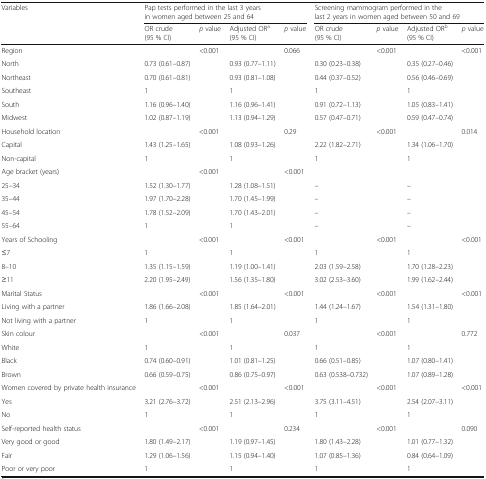
<table><thead><tr><td><b>Variables</b></td><td colspan="4"><b>Pap tests performed in the last 3 years in women aged between 25 and 64</b></td><td colspan="4"><b>Screening mammogram performed in the last 2 years in women aged between 50 and 69</b></td></tr><tr><td></td><td><b>OR crude(95 % CI)</b></td><td><b><i>p</i> value</b></td><td><b>Adjusted OR<sup>a</sup>(95 % CI)</b></td><td><b><i>p</i> value</b></td><td><b>OR crude(95 % CI)</b></td><td><b><i>p</i> value</b></td><td><b>Adjusted OR<sup>b</sup>(95 % CI)</b></td><td><b><i>p</i> value</b></td></tr></thead><tbody><tr><td>Region</td><td></td><td>&lt;0.001</td><td></td><td>0.066</td><td></td><td>&lt;0.001</td><td></td><td>&lt;0.001</td></tr><tr><td>North</td><td>0.73 (0.61–0.87)</td><td></td><td>0.93 (0.77–1.11)</td><td></td><td>0.30 (0.23–0.38)</td><td></td><td>0.35 (0.27–0.46)</td><td></td></tr><tr><td>Northeast</td><td>0.70 (0.61–0.81)</td><td></td><td>0.93 (0.81–1.08)</td><td></td><td>0.44 (0.37–0.52)</td><td></td><td>0.56 (0.46–0.69)</td><td></td></tr><tr><td>Southeast</td><td>1</td><td></td><td>1</td><td></td><td>1</td><td></td><td>1</td><td></td></tr><tr><td>South</td><td>1.16 (0.96–1.40)</td><td></td><td>1.16 (0.96–1.41)</td><td></td><td>0.91 (0.72–1.13)</td><td></td><td>1.05 (0.83–1.41)</td><td></td></tr><tr><td>Midwest</td><td>1.02 (0.87–1.19)</td><td></td><td>1.13 (0.94–1.29)</td><td></td><td>0.57 (0.47–0.71)</td><td></td><td>0.59 (0.47–0.74)</td><td></td></tr><tr><td>Household location</td><td></td><td>&lt;0.001</td><td></td><td>0.29</td><td></td><td>&lt;0.001</td><td></td><td>0.014</td></tr><tr><td>Capital</td><td>1.43 (1.25–1.65)</td><td></td><td>1.08 (0.93–1.26)</td><td></td><td>2.22 (1.82–2.71)</td><td></td><td>1.34 (1.06–1.70)</td><td></td></tr><tr><td>Non-capital</td><td>1</td><td></td><td>1</td><td></td><td>1</td><td></td><td>1</td><td></td></tr><tr><td>Age bracket (years)</td><td></td><td>&lt;0.001</td><td></td><td>&lt;0.001</td><td></td><td></td><td></td><td></td></tr><tr><td>25–34</td><td>1.52 (1.30–1.77)</td><td></td><td>1.28 (1.08–1.51)</td><td></td><td>–</td><td></td><td>–</td><td></td></tr><tr><td>35–44</td><td>1.97 (1.70–2.28)</td><td></td><td>1.70 (1.45–1.99)</td><td></td><td>–</td><td></td><td>–</td><td></td></tr><tr><td>45–54</td><td>1.78 (1.52–2.09)</td><td></td><td>1.70 (1.43–2.01)</td><td></td><td>–</td><td></td><td>–</td><td></td></tr><tr><td>55–64</td><td>1</td><td></td><td>1</td><td></td><td>–</td><td></td><td>–</td><td></td></tr><tr><td>Years of Schooling</td><td></td><td>&lt;0.001</td><td></td><td>&lt;0.001</td><td></td><td>&lt;0.001</td><td></td><td>&lt;0.001</td></tr><tr><td>≤7</td><td>1</td><td></td><td>1</td><td></td><td>1</td><td></td><td>1</td><td></td></tr><tr><td>8–10</td><td>1.35 (1.15–1.59)</td><td></td><td>1.19 (1.00–1.41)</td><td></td><td>2.03 (1.59–2.58)</td><td></td><td>1.70 (1.28–2.23)</td><td></td></tr><tr><td>≥11</td><td>2.20 (1.95–2.49)</td><td></td><td>1.56 (1.35–1.80)</td><td></td><td>3.02 (2.53–3.60)</td><td></td><td>1.99 (1.62–2.44)</td><td></td></tr><tr><td>Marital Status</td><td></td><td>&lt;0.001</td><td></td><td>&lt;0.001</td><td></td><td>&lt;0.001</td><td></td><td>&lt;0.001</td></tr><tr><td>Living with a partner</td><td>1.86 (1.66–2.08)</td><td></td><td>1.85 (1.64–2.01)</td><td></td><td>1.44 (1.24–1.67)</td><td></td><td>1.54 (1.31–1.80)</td><td></td></tr><tr><td>Not living with a partner</td><td>1</td><td></td><td>1</td><td></td><td>1</td><td></td><td>1</td><td></td></tr><tr><td>Skin colour</td><td></td><td>&lt;0.001</td><td></td><td>0.037</td><td></td><td>&lt;0.001</td><td></td><td>0.772</td></tr><tr><td>White</td><td>1</td><td></td><td>1</td><td></td><td>1</td><td></td><td>1</td><td></td></tr><tr><td>Black</td><td>0.74 (0.60–0.91)</td><td></td><td>1.01 (0.81–1.25)</td><td></td><td>0.66 (0.51–0.85)</td><td></td><td>1.07 (0.80–1.41)</td><td></td></tr><tr><td>Brown</td><td>0.66 (0.59–0.75)</td><td></td><td>0.86 (0.75–0.97)</td><td></td><td>0.63 (0.538–0.732)</td><td></td><td>1.07 (0.89–1.28)</td><td></td></tr><tr><td>Women covered by private health insurance</td><td></td><td>&lt;0.001</td><td></td><td>&lt;0.001</td><td></td><td>&lt;0.001</td><td></td><td>&lt;0.001</td></tr><tr><td>Yes</td><td>3.21 (2.76–3.72)</td><td></td><td>2.51 (2.13–2.96)</td><td></td><td>3.75 (3.11–4.51)</td><td></td><td>2.54 (2.07–3.11)</td><td></td></tr><tr><td>No</td><td>1</td><td></td><td>1</td><td></td><td>1</td><td></td><td>1</td><td></td></tr><tr><td>Self-reported health status</td><td></td><td>&lt;0.001</td><td></td><td>0.234</td><td></td><td>&lt;0.001</td><td></td><td>0.090</td></tr><tr><td>Very good or good</td><td>1.80 (1.49–2.17)</td><td></td><td>1.19 (0.97–1.45)</td><td></td><td>1.80 (1.43–2.28)</td><td></td><td>1.01 (0.77–1.32)</td><td></td></tr><tr><td>Fair</td><td>1.29 (1.06–1.56)</td><td></td><td>1.15 (0.94–1.40)</td><td></td><td>1.07 (0.85–1.36)</td><td></td><td>0.84 (0.64–1.09)</td><td></td></tr><tr><td>Poor or very poor</td><td>1</td><td></td><td>1</td><td></td><td>1</td><td></td><td>1</td><td></td></tr></tbody></table>